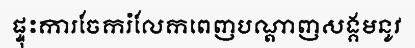
ផ្ទុះការចែករំលែកពេញបណ្តាញសង្គមនូវ